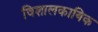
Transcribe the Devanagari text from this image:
विशालकायिक